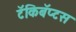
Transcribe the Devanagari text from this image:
टॅकिबॅप्टस